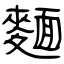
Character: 麵